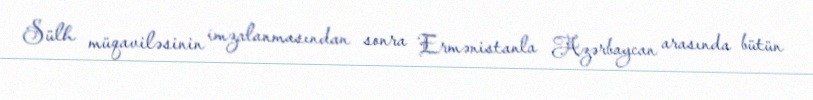
Sülh müqaviləsinin imzalanmasından sonra Ermənistanla Azərbaycan arasında bütün